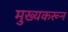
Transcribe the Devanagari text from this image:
मुख्यकरून